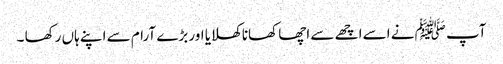
آپ ﷺ نے اسے اچھے سے اچھا کھانا کھلایا اور بڑے آرام سے اپنے ہاں رکھا ۔